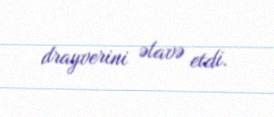
drayverini əlavə etdi.